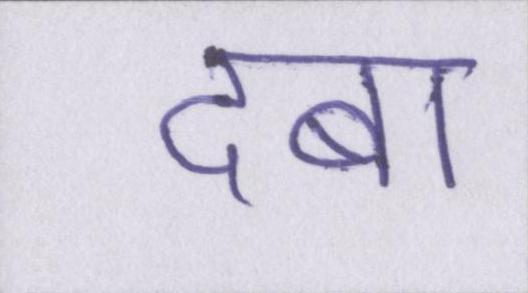
दबा